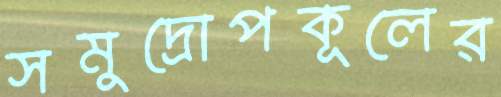
সমুদ্রোপকূলের